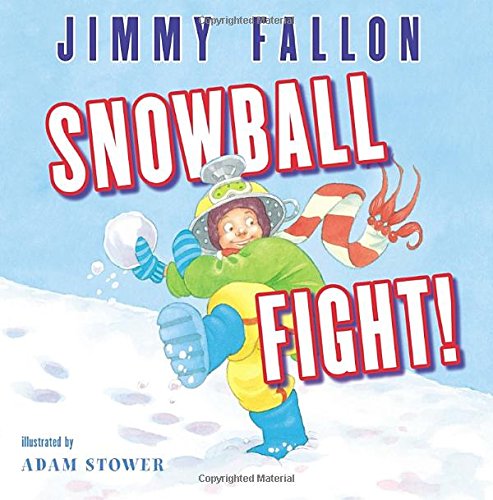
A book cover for Snowball Fight!; Jimmy Fallon; Children's Books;